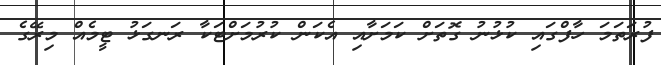
ފުރަތަމަ ހާފްގައި ކުޅުނު ގޮތަށް ކަމަށާއި އެކަން ކުރުމަށްޓަކާ ރަނގަޅު ޓީމެއް މިރޭގެ